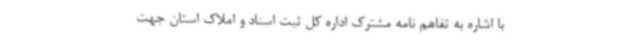
با اشاره به تفاهم نامه مشترک اداره کل ثبت اسناد و املاک استان جهت